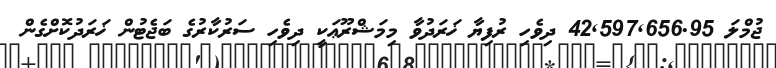
ޖުމްލަ 42